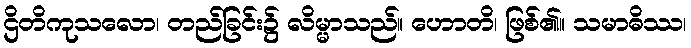
ဌိတိကုသလော၊ တည်ခြင်း၌ လိမ္မာသည်။ ဟောတိ၊ ဖြစ်၏။ သမာဓိဿ၊